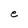
Character: e